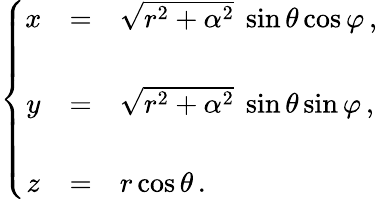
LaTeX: \left\{ \begin{array}{ccl}{{x}}&{{=}}&{{\sqrt{r^{2}+\alpha^{2}}\ \sin{\theta}\cos{\varphi}\, ,}}\\ {{}}&{{}}&{{}}\\ {{y}}&{{=}}&{{\sqrt{r^{2}+\alpha^{2}}\ \sin{\theta}\sin{\varphi}\, ,}}\\ {{}}&{{}}&{{}}\\ {{z}}&{{=}}&{{r\cos{\theta}\, .}}\end{array}\right.